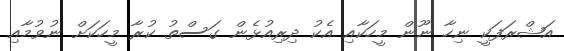
އަޝްރަފަކީ ނިހާ ނޫން މީހަކާއި އެކު ދިރިއުޅެން ގަސްތު ކުރާ މީހަކަށް ނުވުމާއި